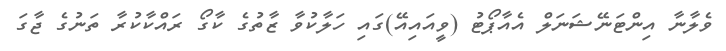
ވެލާނާ އިންޓަނޭޝަނަލް އެއާޕޯޓު (ވީއައިއޭ)ގައި ހަލާކުވާ ޒާތުގެ ކާގޯ ރައްކާކުރާ ތަނުގެ ޖާގަ